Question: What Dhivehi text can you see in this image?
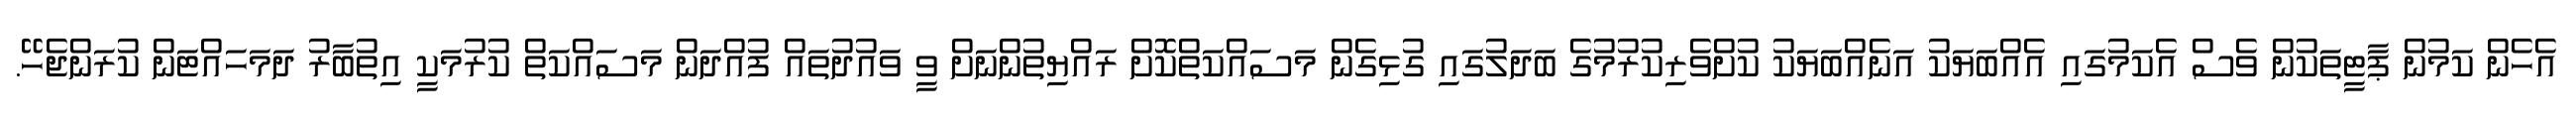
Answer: އެހެން ކަމުން ޕާޓީތަކުން ވެސް އެކަމުގައި އެއްބަޔަކު އަނެއްބަޔަކު ކުށްވެރިކުރުމުގެ ބަދަލުގައި ގުޅިގެން މަސައްކަތްކޮށް ރައްޔިތުންނަށް ވީ ވައުދުތައް ފުއްދަން މަސައްކަތް ކުރުމަކީ އިތުބާރު ދަމަހައްޓަން ކުރަންޖެހޭ.